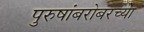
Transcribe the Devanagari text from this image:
पुरुषांबरोबरच्या